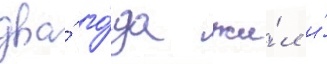
два́ го́да жи́л и́